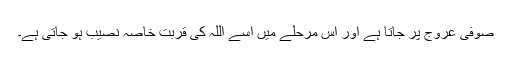
صوفی عروج پر جاتا ہے اور اِس مرحلے میں اسے اللہ کی قربتِ خاصہ نصیب ہو جاتی ہے۔